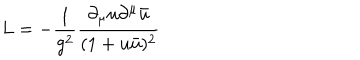
L = - { \frac { 1 } { g ^ { 2 } } } { \frac { \partial _ { \mu } u \partial ^ { \mu } \bar { u } } { ( 1 + u \bar { u } ) ^ { 2 } } }